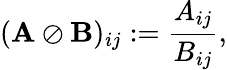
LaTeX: (\mathbf{A}\oslash\mathbf{B})_{ij}:=\frac{A_{ij}}{B_{ij}},